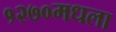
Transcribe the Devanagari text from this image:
१२७०मधला